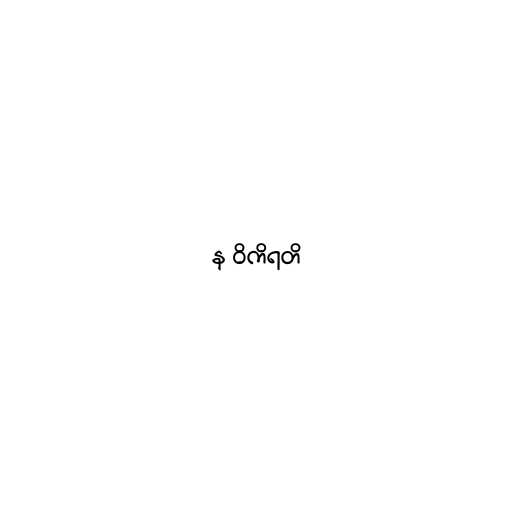
န ဝိကိရတိ